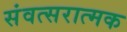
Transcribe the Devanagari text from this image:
संवत्सरात्मक